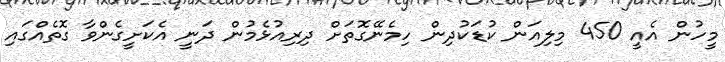
މީހުން އެއީ 450 މިލިއަން ކުޑަކުދިން ހިމެނޭގޮތަށް ދިރިއުޅެމުން ދަނީ އެކަށީގެންވާ ގޮތެއްގައި